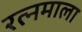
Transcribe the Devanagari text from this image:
रत्‍नमाला